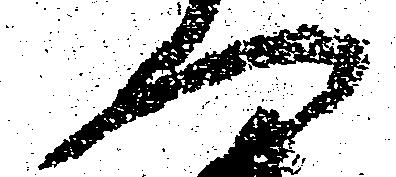
へ